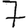
Digit: 7